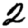
Digit: 2